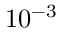
1 0 ^ { - 3 }